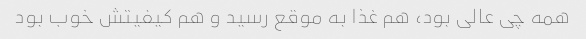
همه چی عالی بود، هم غذا به موقع رسید و هم کیفیتش خوب بود